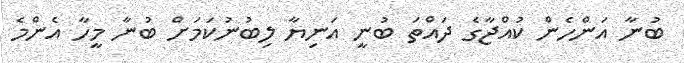
ބުނާ އަންހެން ކުއްޖާގެ ދައްތަ ބުނީ އަނިޔާ ލިބުނުކަމަށް ބުނާ މީހާ އެންމެ